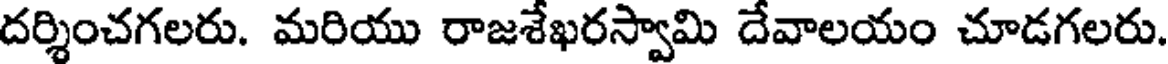
దర్శించగలరు. మరియు రాజశేఖరస్వామి దేవాలయం చూడగలరు.